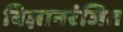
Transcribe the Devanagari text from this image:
विज्ञानरंजित